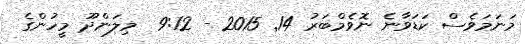
މަނަމަވެސް ކަޑަވާނެ ނޮވެމްބަރު 14